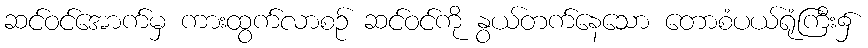
ဆင်ဝင်အောက်မှ ကားထွက်လာစဉ် ဆင်ဝင်ကို နွယ်တက်နေသော တောစံပယ်ရုံကြီး၌